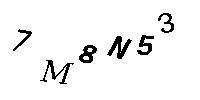
7M8N53